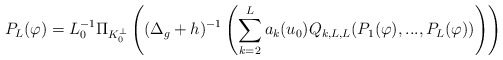
\begin{align*}P_L(\varphi)=L_0^{-1}\Pi_{K_0^\perp}\left((\Delta_g+h)^{-1}\left(\sum_{k=2}^La_k(u_0)Q_{k,L,L}(P_1(\varphi),...,P_L(\varphi))\right)\right)\end{align*}